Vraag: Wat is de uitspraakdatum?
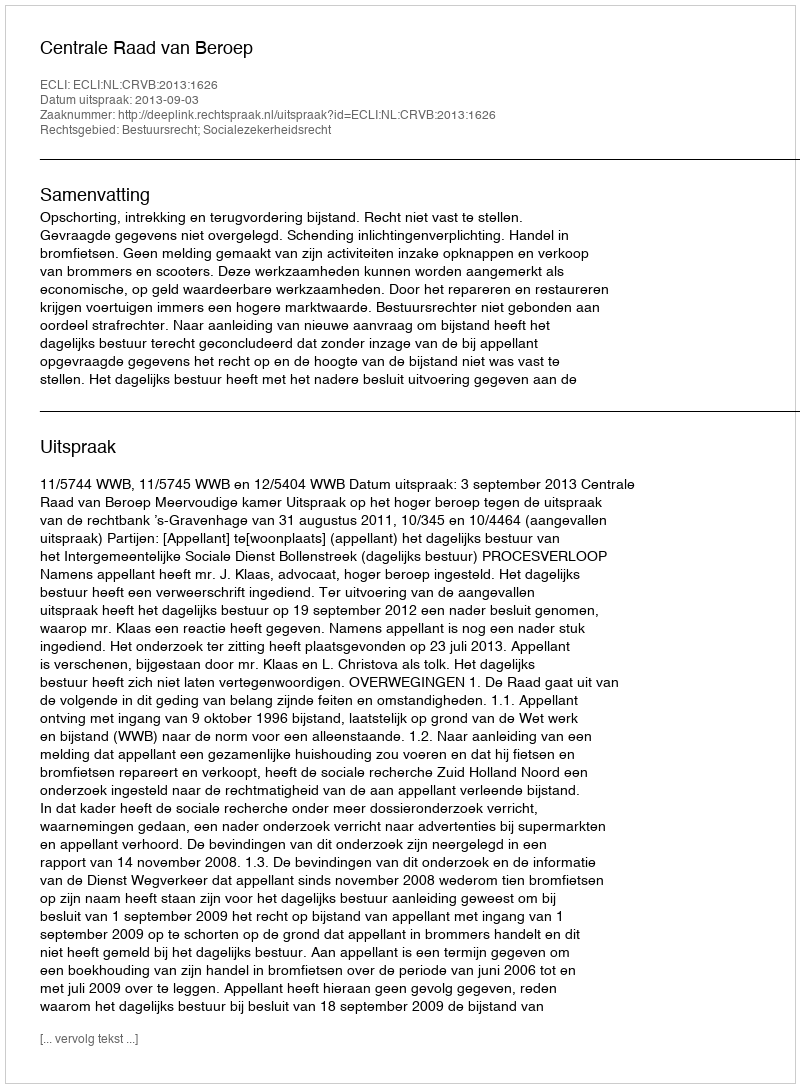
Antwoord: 2013-09-03